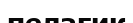
пелагик